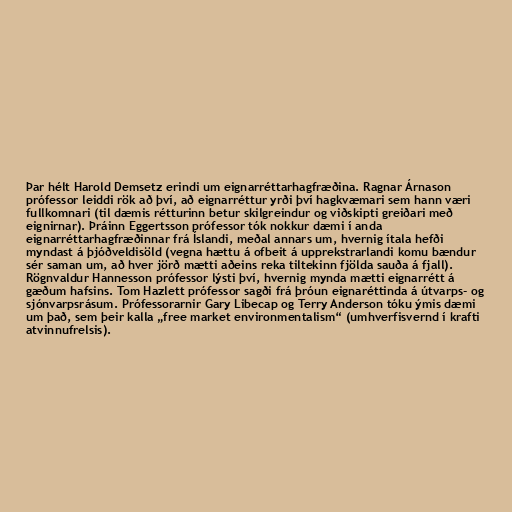
Þar hélt Harold Demsetz erindi um eignarréttarhagfræðina. Ragnar Árnason
prófessor leiddi rök að því, að eignarréttur yrði því hagkvæmari sem hann væri
fullkomnari (til dæmis rétturinn betur skilgreindur og viðskipti greiðari með
eignirnar). Þráinn Eggertsson prófessor tók nokkur dæmi í anda
eignarréttarhagfræðinnar frá Íslandi, meðal annars um, hvernig ítala hefði
myndast á þjóðveldisöld (vegna hættu á ofbeit á upprekstrarlandi komu bændur
sér saman um, að hver jörð mætti aðeins reka tiltekinn fjölda sauða á fjall).
Rögnvaldur Hannesson prófessor lýsti því, hvernig mynda mætti eignarrétt á
gæðum hafsins. Tom Hazlett prófessor sagði frá þróun eignaréttinda á útvarps- og
sjónvarpsrásum. Prófessorarnir Gary Libecap og Terry Anderson tóku ýmis dæmi
um það, sem þeir kalla „free market environmentalism“ (umhverfisvernd í krafti
atvinnufrelsis).